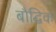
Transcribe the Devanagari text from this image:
बौद्घिक